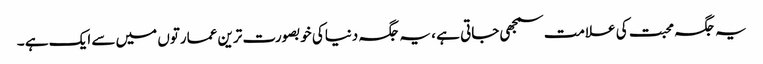
یہ جگہ محبت کی علامت سمجھی جاتی ہے ، یہ جگہ دنیاکی خوبصورت ترین عمارتوں میں سے ایک ہے ۔